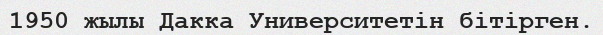
1950 жылы Дакка Университетін бітірген.